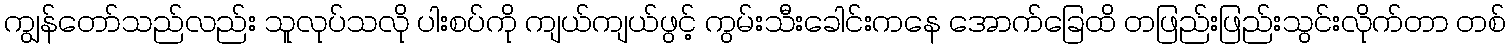
ကျွန်တော်သည်လည်း သူလုပ်သလို ပါးစပ်ကို ကျယ်ကျယ်ဖွင့် ကွမ်းသီးခေါင်းကနေ အောက်ခြေထိ တဖြည်းဖြည်းသွင်းလိုက်တာ တစ်